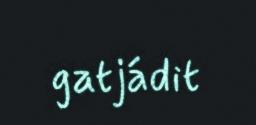
gatjádit